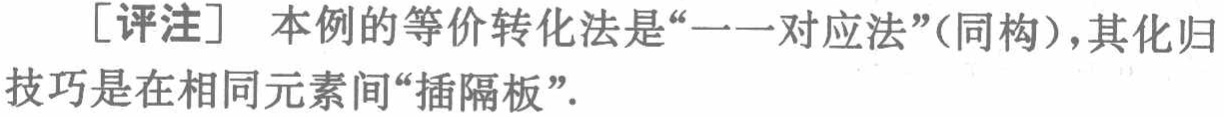
[评注] 本例的等价转化法是“一一对应法”(同构)，其化归技巧是在相同元素间“插隔板”.